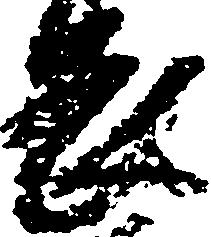
畏